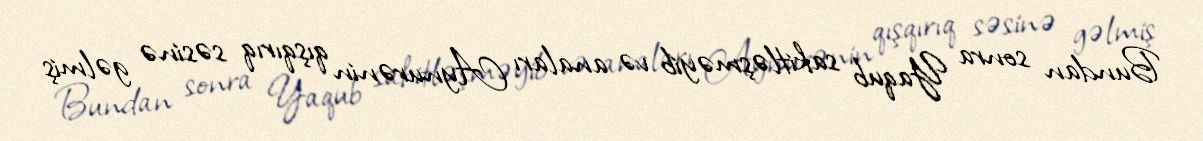
Bundan sonra Yaqub sakitləşməyib və anaları Aynurənin qışqırıq səsinə gəlmiş